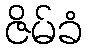
ဇိမ်ခံ